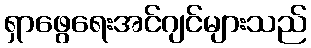
ရှာဖွေရေးအင်ဂျင်များသည်